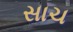
સાચ